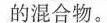
的混合物。